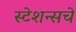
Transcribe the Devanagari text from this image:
स्टेशन्सचे